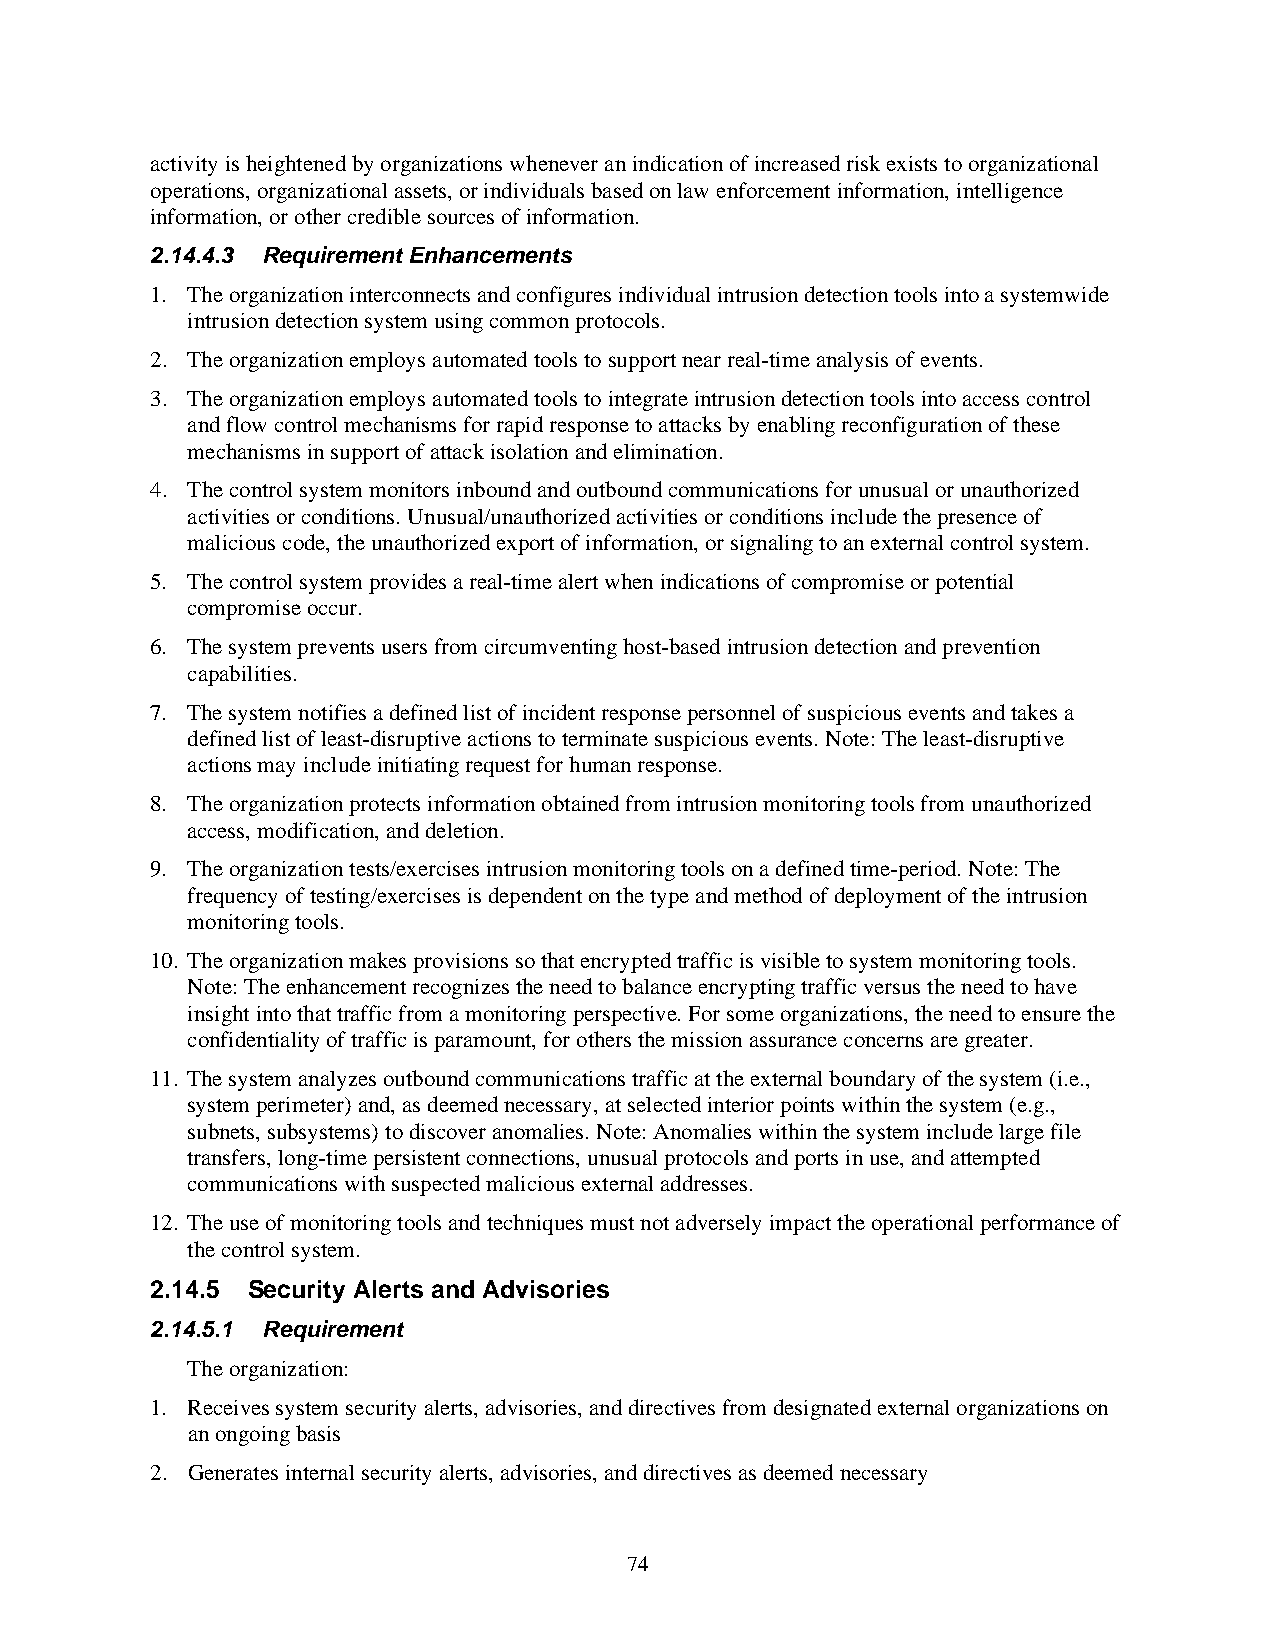
activity is heightened by organizations whenever an indication of increased risk exists to organizational
 operations, organizational assets, or individuals based on law enforcement information, intelligence
 information, or other credible sources of information.
 2.14.4.3 Requirement Enhancements
 1. The organization interconnects and configures individual intrusion detection tools into a systemwide
 intrusion detection system using common protocols.
 2. The organization employs automated tools to support near real-time analysis of events.
 3. The organization employs automated tools to integrate intrusion detection tools into access control
 and flow control mechanisms for rapid response to attacks by enabling reconfiguration of these
 mechanisms in support of attack isolation and elimination.
 4. The control system monitors inbound and outbound communications for unusual or unauthorized
 activities or conditions. Unusual/unauthorized activities or conditions include the presence of
 malicious code, the unauthorized export of information, or signaling to an external control system.
 5. The control system provides a real-time alert when indications of compromise or potential
 compromise occur.
 6. The system prevents users from circumventing host-based intrusion detection and prevention
 capabilities.
 7. The system notifies a defined list of incident response personnel of suspicious events and takes a
 defined list of least-disruptive actions to terminate suspicious events. Note: The least-disruptive
 actions may include initiating request for human response.
 8. The organization protects information obtained from intrusion monitoring tools from unauthorized
 access, modification, and deletion.
 9. The organization tests/exercises intrusion monitoring tools on a defined time-period. Note: The
 frequency of testing/exercises is dependent on the type and method of deployment of the intrusion
 monitoring tools.
 10. The organization makes provisions so that encrypted traffic is visible to system monitoring tools.
 Note: The enhancement recognizes the need to balance encrypting traffic versus the need to have
 insight into that traffic from a monitoring perspective. For some organizations, the need to ensure the
 confidentiality of traffic is paramount, for others the mission assurance concerns are greater.
 11. The system analyzes outbound communications traffic at the external boundary of the system (i.e.,
 system perimeter) and, as deemed necessary, at selected interior points within the system (e.g.,
 subnets, subsystems) to discover anomalies. Note: Anomalies within the system include large file
 transfers, long-time persistent connections, unusual protocols and ports in use, and attempted
 communications with suspected malicious external addresses.
 12. The use of monitoring tools and techniques must not adversely impact the operational performance of
 the control system.
 2.14.5 Security Alerts and Advisories
 2.14.5.1 Requirement
 The organization:
 1. Receives system security alerts, advisories, and directives from designated external organizations on
 an ongoing basis
 2. Generates internal security alerts, advisories, and directives as deemed necessary
 74